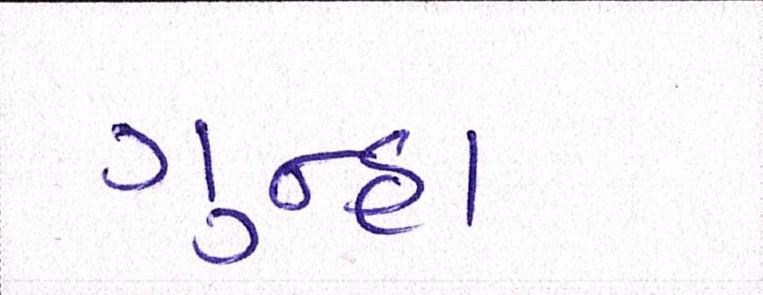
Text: ગુન્હા